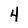
Character: 4